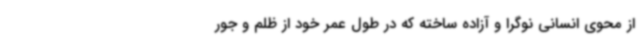
از محوی انسانی نوگرا و آزاده ساخته که در طول عمر خود از ظلم و جور